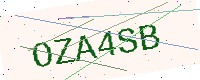
Text: OZA4SB